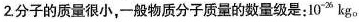
2.分子的质量很小，一般物质分子质量的数量级是：10^{-26}kg。